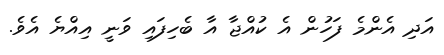
އަދި އެންމެ ފަހުން އެ ކުއްޖާ އާ ބެހިފައި ވަނީ އިއްޔެ އެވެ.